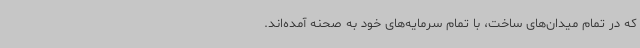
که در تمام میدان‌های ساخت، با تمام سرمایه‌های خود به صحنه آمده‌اند.